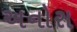
અનોરા